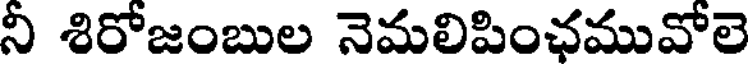
నీ శిరోజంబుల నెమలిపింఛమువోలె